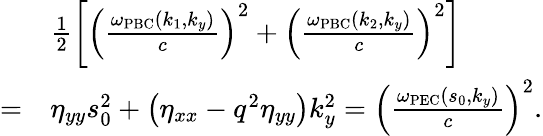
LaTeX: \begin{array}{rl}&{\frac{1}{2}\left[\left(\frac{\omega_{\mathrm{PBC}}\left(k_{1},k_{y}\right)}{c}\right)^{2}+\left(\frac{\omega_{\mathrm{PBC}}\left(k_{2},k_{y}\right)}{c}\right)^{2}\right]}\\ {=}&{\eta_{yy}s_{0}^{2}+\left(\eta_{xx}-q^{2}\eta_{yy}\right)k_{y}^{2}=\left(\frac{\omega_{\mathrm{PEC}}\left(s_{0},k_{y}\right)}{c}\right)^{2}.}\end{array}